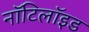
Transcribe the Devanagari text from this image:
नॉटिलॉइड